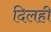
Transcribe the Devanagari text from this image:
दिलही